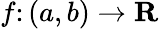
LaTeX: f\colon(a,b)\rightarrow\mathbf{R}